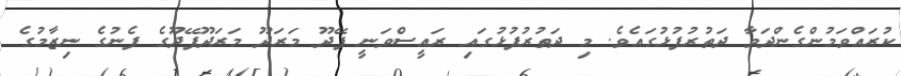
ކުރައްވަމުންގެންދަވާ ދަތުރުފުޅުގައެވެ. މި ދަތުރުފުޅުގައި ރައީސްވަނީ ފޭދޫ މަރަދޫ މަރަދޫފޭދޫގެ ފެނުގެ ނިޒާމުގެ